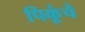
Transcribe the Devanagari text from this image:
पिकूंचे